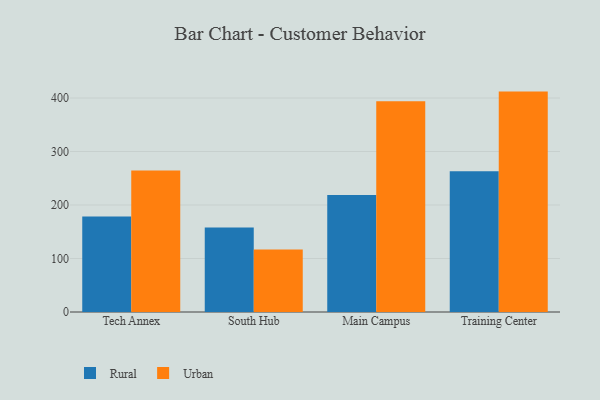
{"axis": {"x": "Campus", "y": "Humidity (%)"}, "legend": ["Rural", "Urban"], "data": [{"x": "Tech Annex", "y": 178.7, "type": "Rural"}, {"x": "Tech Annex", "y": 264.5, "type": "Urban"}, {"x": "South Hub", "y": 158.0, "type": "Rural"}, {"x": "South Hub", "y": 116.6, "type": "Urban"}, {"x": "Main Campus", "y": 218.9, "type": "Rural"}, {"x": "Main Campus", "y": 394.1, "type": "Urban"}, {"x": "Training Center", "y": 263.1, "type": "Rural"}, {"x": "Training Center", "y": 412.0, "type": "Urban"}]}